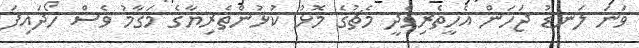
ވަނަ ލަނޑު ޖަހަން އެހީތެރިވެދީ މެޗުގެ މޮޅު ކުޅުންތެރިޔާގެ މަގާމު ވެސް ހޯދައިފަ